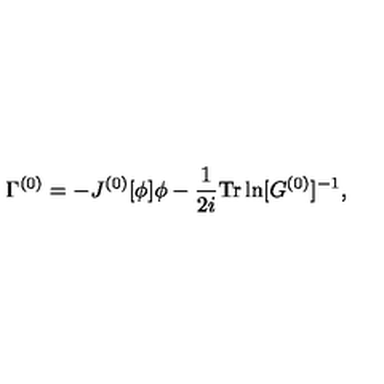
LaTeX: \Gamma ^ { ( 0 ) } = - J ^ { ( 0 ) } [ \phi ] \phi - \frac { 1 } { 2 i } \mathrm { T r } \ln [ G ^ { ( 0 ) } ] ^ { - 1 } ,